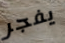
يفجر